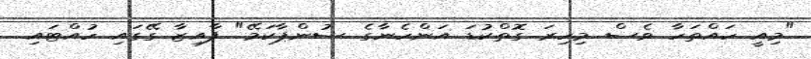
"މިއީ ހައްތަހާ ވެސް މިހިރަ ގޮތްކުޑަ އަންހެނާގެ ސުންޕާކަމޭ" ފާއިޒާ ގޭގައި ހުއްޓައި